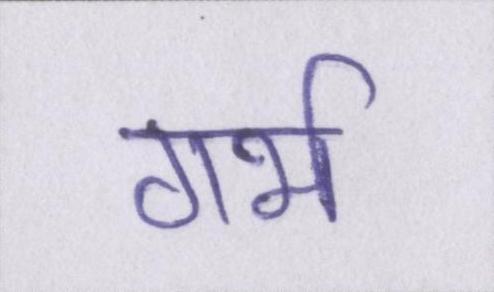
गर्भ